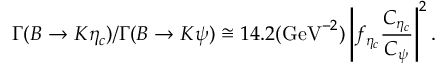
\Gamma ( B \rightarrow K \eta _ { c } ) / \Gamma ( B \rightarrow K \psi ) \cong 1 4 . 2 ( \mathrm { G e V } ^ { - 2 } ) \left| f _ { \eta _ { c } } \frac { C _ { \eta _ { c } } } { C _ { \psi } } \right| ^ { 2 } .